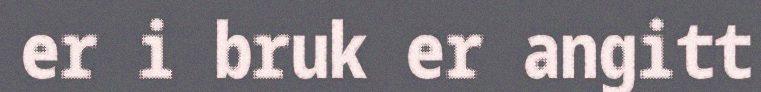
er i bruk er angitt